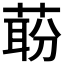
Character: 𬝝